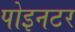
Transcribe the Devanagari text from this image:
पोइनटर